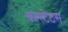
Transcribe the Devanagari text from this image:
कास्टेटस